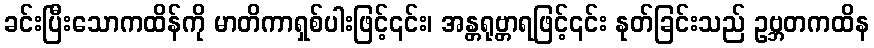
ခင်းပြီးသောကထိန်ကို မာတိကာရှစ်ပါးဖြင့်၎င်း၊ အန္တရုဗ္တာရဖြင့်၎င်း နုတ်ခြင်းသည် ဥဗ္ဘတကထိန